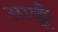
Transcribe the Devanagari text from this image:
आर्कू